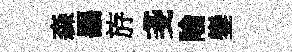
森噐斿戔隃鑾